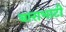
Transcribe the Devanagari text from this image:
बाराभाटी